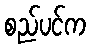
စည်ပင်က